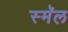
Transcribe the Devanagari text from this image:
स्मॅल